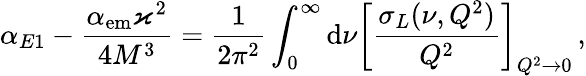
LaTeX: \alpha_{E1}-\frac{\alpha_{\mathrm{em}}\varkappa^{2}}{4M^{3}}=\frac{1}{2\pi^{2}}\int_{0}^{\infty}\mathrm{d}\nu\left[\frac{\sigma_{L}(\nu,Q^{2})}{Q^{2}}\right]_{Q^{2}\to 0}\, ,